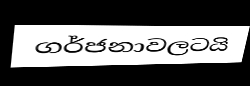
ගර්ජනාවලටයි